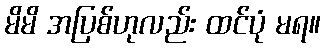
မိမိ အပြစ်ဟုလည်း ထင်ပုံ မရ။